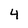
Character: 4